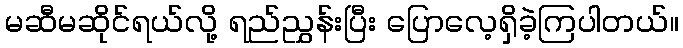
မဆီမဆိုင်ရယ်လို့ ရည်ညွှန်းပြီး ပြောလေ့ရှိခဲ့ကြပါတယ်။